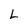
Character: L